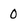
Character: 0